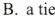
B.a tie